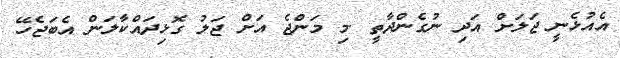
އެއުޅެނީ ޖަލަށް އަދި ނުގެންދާތީ .މި މަންޖެ އަށް ޖަލު ގޮޅިދައްކާލަން އެބަޖެހޭ